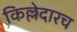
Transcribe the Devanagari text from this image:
किल्लेदारच